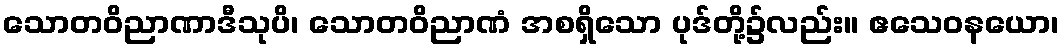
သောတဝိညာဏာဒီသုပိ၊ သောတဝိညာဏံ အစရှိသော ပုဒ်တို့၌လည်း။ ဧသေဝနယော၊